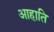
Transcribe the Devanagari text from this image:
आहाति